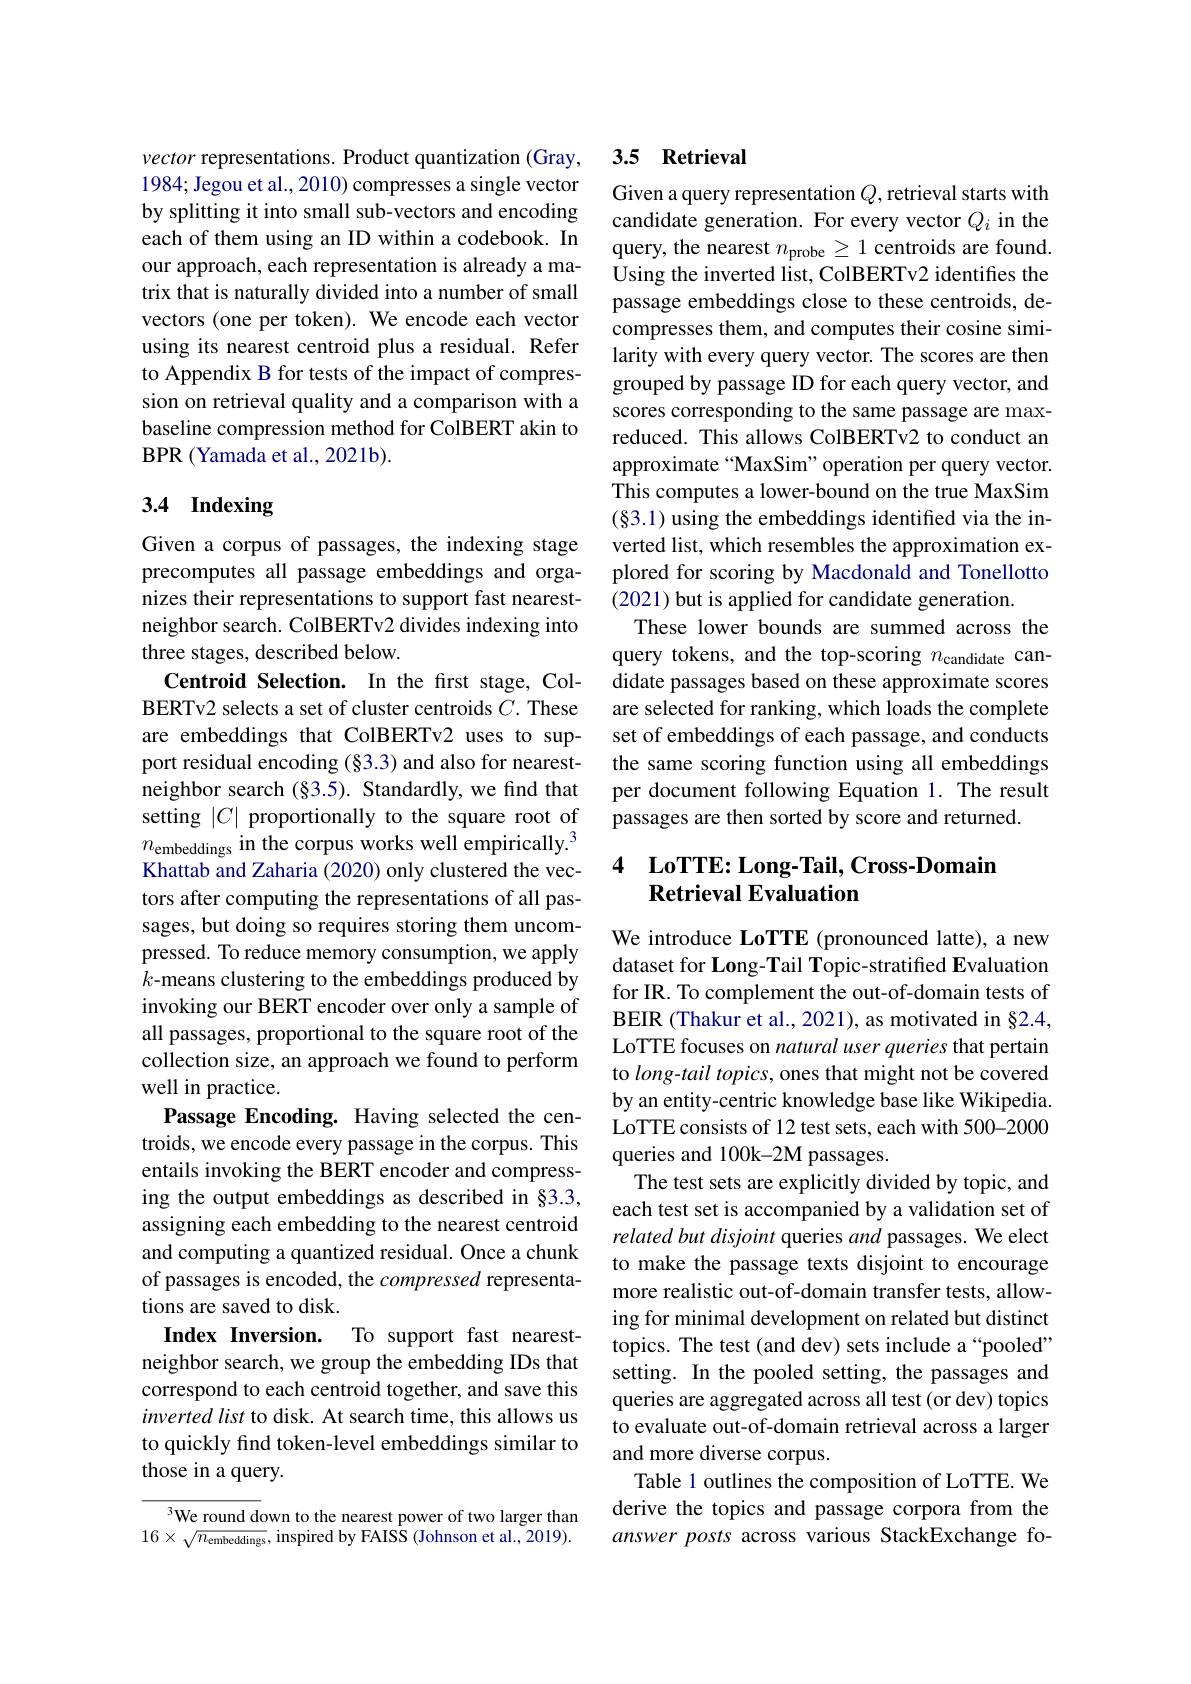
vector representations. Product quantization (Gray, 1984; Jegou et al., 2010) compresses a single vector by splitting it into small sub-vectors and encoding each of them using an ID within a codebook. In our approach, each representation is already a matrix that is naturally divided into a number of small vectors (one per token). We encode each vector using its nearest centroid plus a residual. Refer to Appendix B for tests of the impact of compression on retrieval quality and a comparison with a baseline compression method for ColBERT akin to BPR ( Yamada et al. , 2021b) .

## 3.4 Indexing

Given a corpus of passages, the indexing stage precomputes all passage embeddings and organizes their representations to support fast nearestneighbor search. ColBERTv2 divides indexing into three stages, described below.
Centroid Selection. In the first stage, ColBERTv2 selects a set of cluster centroids $C.$ These are embeddings that ColBERTv2 uses to support residual encoding (§3.3) and also for nearestneighbor search $(\S3.5).$ Standardly, we find that setting $|C|$ proportionally to the square root of $n_{\text{embeddings in the corpus works well empirically.}^3}$ Khattab and Zaharia (2020) only clustered the vectors after computing the representations of all passages, but doing so requires storing them uncompressed. To reduce memory consumption, we apply $k$-means clustering to the embeddings produced by invoking our BERT encoder over only a sample of all passages, proportional to the square root of the collection size, an approach we found to perform well in practice.
Passage Encoding. Having selected the centroids, we encode every passage in the corpus. This entails invoking the BERT encoder and compressing the output embeddings as described in §3.3, assigning each embedding to the nearest centroid and computing a quantized residual. Once a chunk of passages is encoded, the compressed representations are saved to disk.
Index Inversion. To support fast nearestneighbor search, we group the embedding IDs that correspond to each centroid together, and save this inverted list to disk. At search time, this allows us to quickly find token-level embeddings similar to those in a query.
We round down to the nearest power of two larger than

$16\times\sqrt{n_{\text{embeddings}}}$, inspired by FAISS (Johnson et al., 2019).

## 3.5 Retrieval

Given a query representation $Q$, retrieval starts with candidate generation. For every vector $Q_i$ in the query, the nearest $n_\mathrm{probe}\geq1$ centroids are found Using the inverted list, ColBERTv2 identifies the passage embeddings close to these centroids, decompresses them, and computes their cosine similarity with every query vector. The scores are then grouped by passage ID for each query vector, and scores corresponding to the same passage are maxreduced. This allows ColBERTv2 to conduct an approximate“MaxSim”operation per query vector. This computes a lower-bound on the true MaxSim (§3.1) using the embeddings identified via the inverted list, which resembles the approximation explored for scoring by Macdonald and Tonellotto (2021) but is applied for candidate generation
These lower bounds are summed across the query tokens, and the top-scoring $n_\mathrm{candidate}$ candidate passages based on these approximate scores are selected for ranking, which loads the complete set of embeddings of each passage, and conducts the same scoring function using all embeddings per document following Equation 1. The result passages are then sorted by score and returned.

### 4 $\textbf{LoTTE: Long- Tail, Cross- Domain}$ Retrieval Evaluation

We introduce LoTTE (pronounced latte), a new dataset for Long-Tail Topic-stratified Evaluation for IR. To complement the out-of-domain tests of BEIR (Thakur et al., 2021), as motivated in §2.4, LoTTE focuses on natural user queries that pertain to long- tail topics, ones that might not be covered by an entity-centric knowledge base like Wikipedia LoTTE consists of 12 test sets, each with 500-2000 queries and 100k-2M passages.
The test sets are explicitly divided by topic, and each test set is accompanied by a validation set of related but disjoint queries and passages. We elect to make the passage texts disjoint to encourage more realistic out-of-domain transfer tests, allowing for minimal development on related but distinct topics. The test (and dev) sets include a“pooled” setting. In the pooled setting, the passages and queries are aggregated across all test (or dev) topics to evaluate out-of-domain retrieval across a larger and more diverse corpus.
Table 1 outlines the composition of LoTTE. We derive the topics and passage corpora from the answer posts across various StackExchange fo-